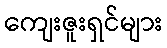
ကျေးဇူးရှင်များ